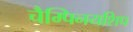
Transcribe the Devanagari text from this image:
चैम्पिनयशिप